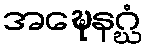
အဍ္ဎေနဂ္ဃံ